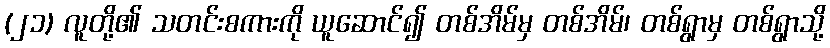
(၂၁) လူတို့၏ သတင်းစကားကို ယူဆောင်၍ တစ်အိမ်မှ တစ်အိမ်၊ တစ်ရွာမှ တစ်ရွာသို့